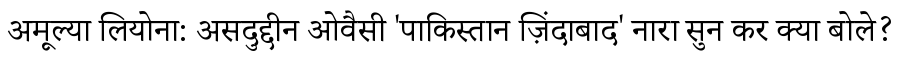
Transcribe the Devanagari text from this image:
अमूल्या लियोना: असदुद्दीन ओवैसी 'पाकिस्तान ज़िंदाबाद' नारा सुन कर क्या बोले?